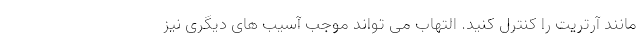
مانند آرتریت را کنترل کنید. التهاب می تواند موجب آسیب های دیگری نیز